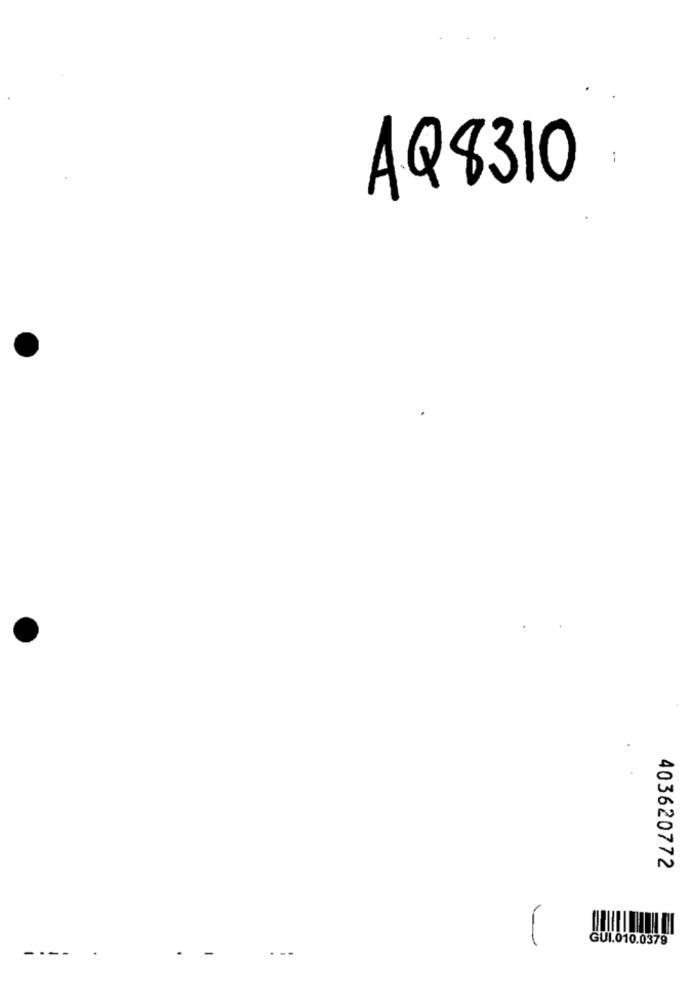
AQ8310
403620772
GUI.010.0379
----